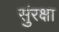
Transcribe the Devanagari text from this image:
सुंरक्षा